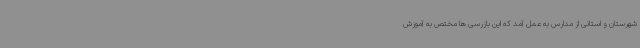
شهرستان و استانی از مدارس به عمل آمد که این بازرسی ها مختص به آموزش